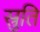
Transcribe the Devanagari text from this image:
स्रुति